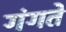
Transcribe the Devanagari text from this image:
गंगते